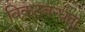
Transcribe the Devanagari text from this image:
विकटबन्धता